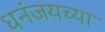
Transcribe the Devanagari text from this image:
धनंजयच्या